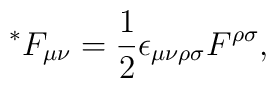
{^\ast} F_{\mu\nu}=\frac{1}{2}\epsilon_{\mu\nu\rho\sigma}F^{\rho\sigma},